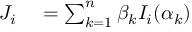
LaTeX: \begin{array} { r l } { J _ { i } } & { { } = \sum _ { k = 1 } ^ { n } \beta _ { k } I _ { i } ( \alpha _ { k } ) } \end{array}